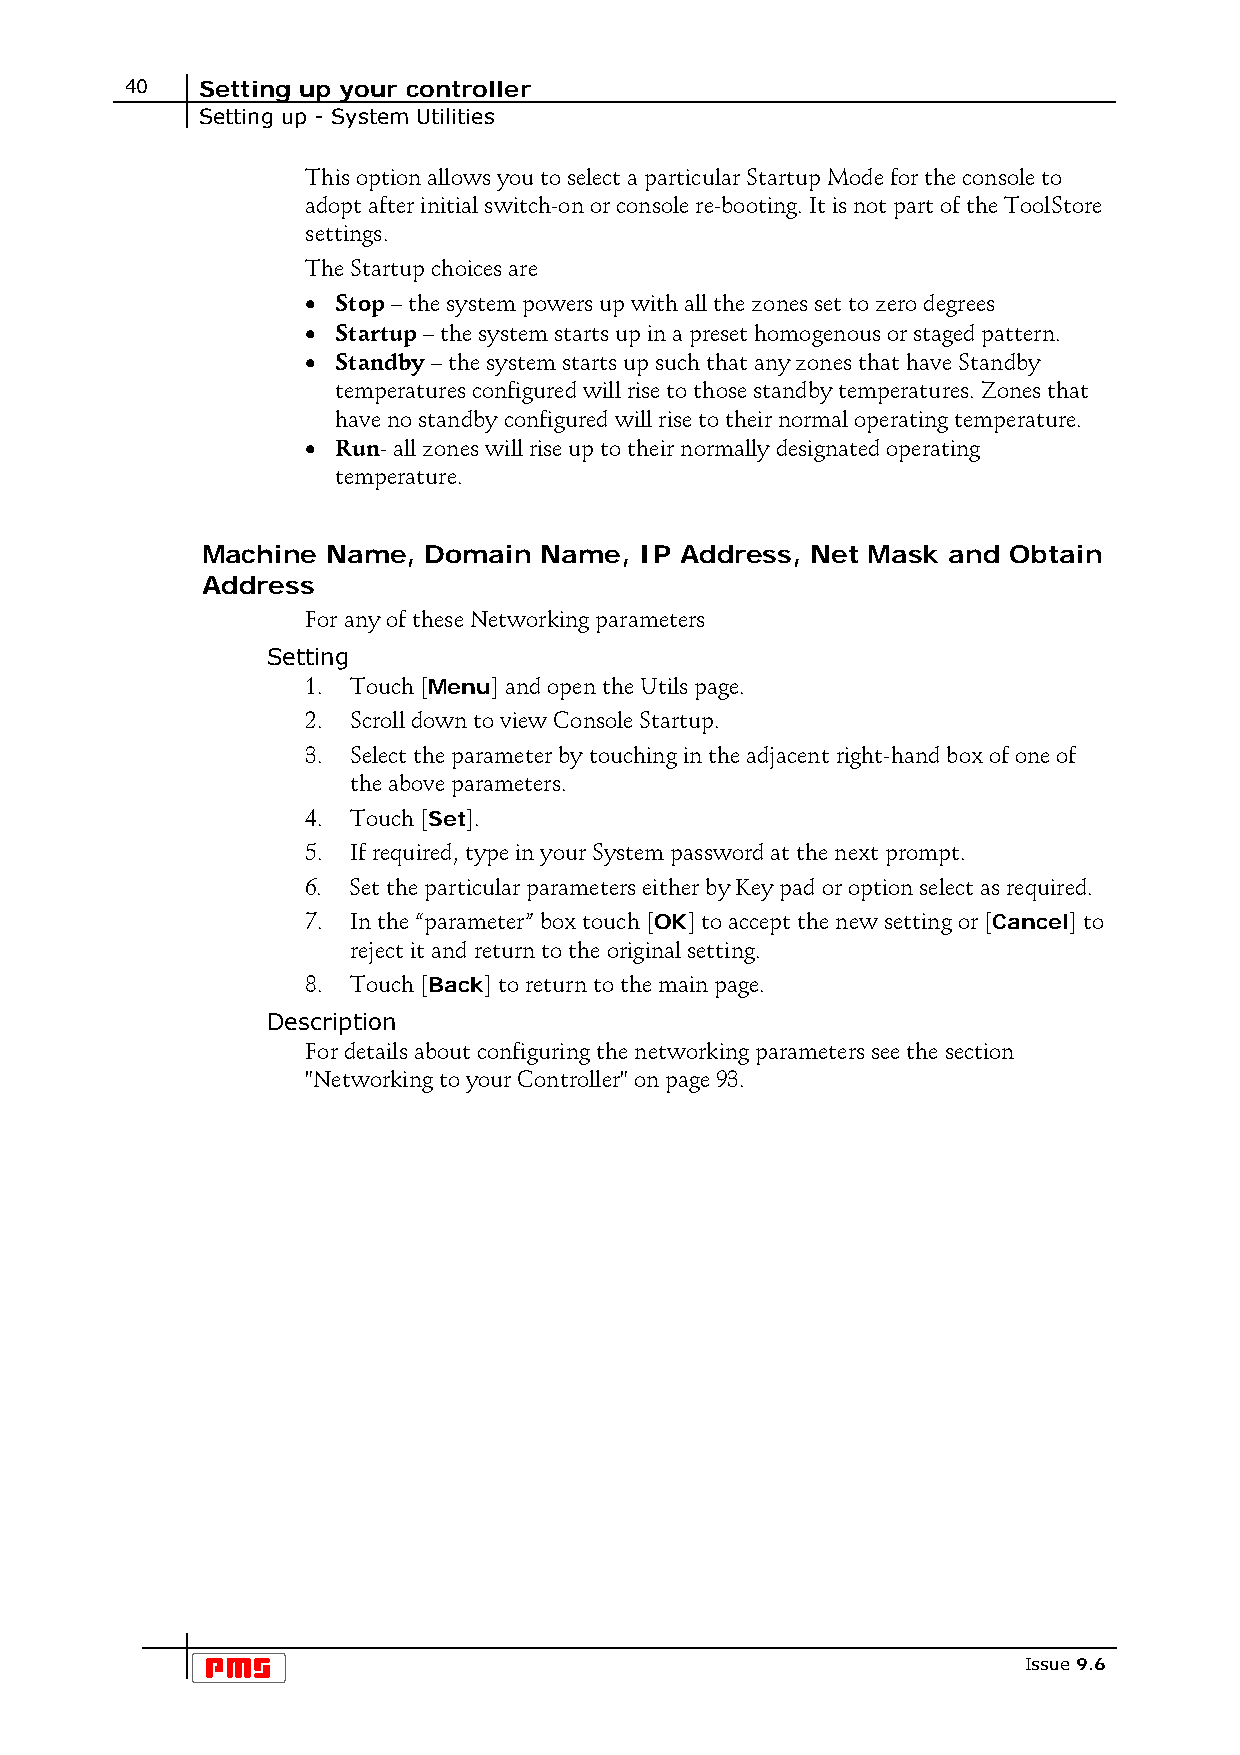
40   Setting up your controller
 Setting up - System Utilities
 This option allows you to select a particular Startup Mode for the console to
 adopt after initial switch-on or console re-booting. It is not part of the ToolStore
 settings.
 The Startup choices are
 • Stop – the system powers up with all the zones set to zero degrees
 • Startup – the system starts up in a preset homogenous or staged pattern.
 • Standby – the system starts up such that any zones that have Standby
 temperatures configured will rise to those standby temperatures. Zones that
 have no standby configured will rise to their normal operating temperature.
 • Run- all zones will rise up to their normally designated operating
 temperature.
 Machine  Name, Domain  Name, IP Address, Net Mask and Obtain
 Address
 For any of these Networking parameters
 Setting
 1. Touch [Menu] and open the Utils page.
 2. Scroll down to view Console Startup.
 3. Select the parameter by touching in the adjacent right-hand box of one of
 the above parameters.
 4. Touch [Set].
 5. If required, type in your System password at the next prompt.
 6. Set the particular parameters either by Key pad or option select as required.
 7. In the “parameter” box touch [OK] to accept the new setting or [Cancel] to
 reject it and return to the original setting.
 8. Touch [Back] to return to the main page.
 Description
 For details about configuring the networking parameters see the section
 "Networking to your Controller" on page 93.
 Issue 9.6